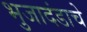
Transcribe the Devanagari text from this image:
भुजादंडाचे